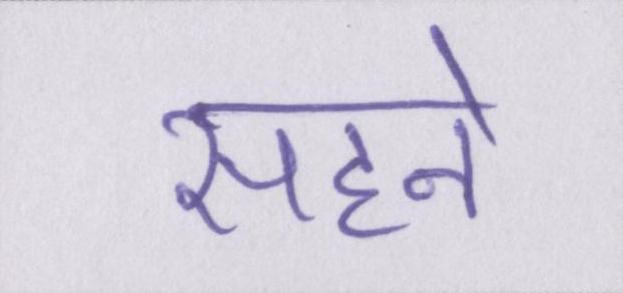
सहने